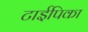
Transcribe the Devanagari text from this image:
टाईपिका